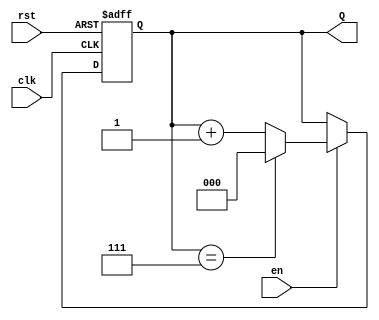
module up_counter_moore #(
    parameter N = 3 // Number of bits for the counter
)(
    input wire clk,        // Clock input
    input wire rst,        // Asynchronous reset
    input wire en,         // Enable signal
    output reg [N-1:0] Q   // Output count
);

    // State transition logic
    always @(posedge clk or posedge rst) begin
        if (rst) begin
            Q <= 0; // Reset state
        end else if (en) begin
            if (Q == (1 << N) - 1) begin
                Q <= 0; // Wrap around to 0
            end else begin
                Q <= Q + 1; // Increment counter
            end
        end
        // If enable is low, do nothing (hold current state)
    end

endmodule